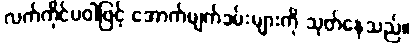
လက်ကိုင်ပဝါဖြင့် အောက်မျက်ခမ်းများကို သုတ်နေသည်။